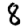
Digit: 8